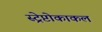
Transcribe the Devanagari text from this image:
स्ट्रेप्टोकाकल